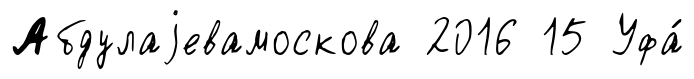
Абдулаjевамоскова 2016 15 Уфа́